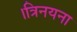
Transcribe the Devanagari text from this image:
।त्रिनयना